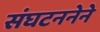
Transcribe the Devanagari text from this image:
संघटननेने